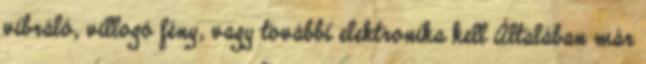
vibráló, villogó fény, vagy további elektronika kell Általában már